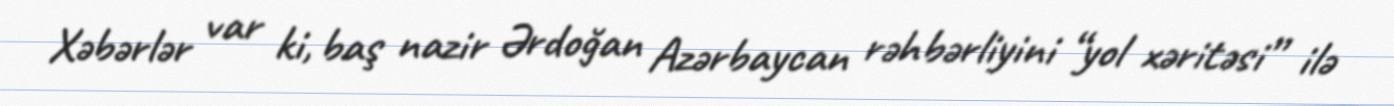
Xəbərlər var ki, baş nazir Ərdoğan Azərbaycan rəhbərliyini “yol xəritəsi” ilə